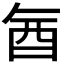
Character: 𮠖